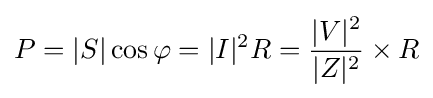
P=|S|\cos {\varphi }=|I|^{2}R={\frac {|V|^{2}}{|Z|^{2}}}\times {R}